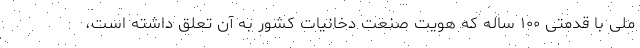
ملی با قدمتی ۱۰۰ ساله که هویت صنعت دخانیات کشور به آن تعلق داشته است،